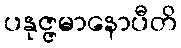
ပနုဇ္ဇမာနောပီတိ